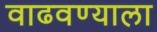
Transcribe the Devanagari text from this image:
वाढवण्याला